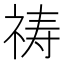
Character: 祷